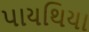
પાયથિયા